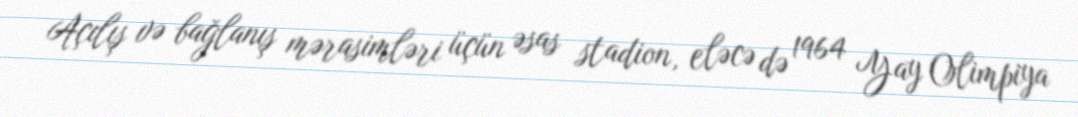
Açılış və bağlanış mərasimləri üçün əsas stadion, eləcə də 1964 Yay Olimpiya